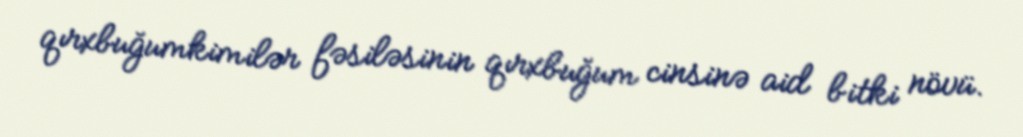
qırxbuğumkimilər fəsiləsinin qırxbuğum cinsinə aid bitki növü.